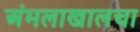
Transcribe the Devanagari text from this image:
अंमलाखालचा